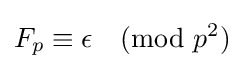
F_{p}\equiv \epsilon {\pmod {p^{2}}}